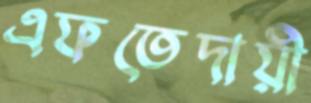
এফতেদায়ী